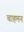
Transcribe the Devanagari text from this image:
चाहमन